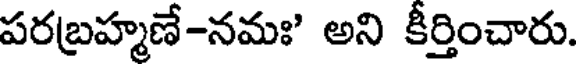
పరబ్రహ్మణే-నమః' అని కీర్తించారు.